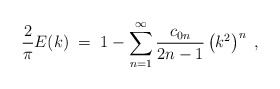
\begin{align*}{2\over \pi}E(k)\;=\; 1-\sum_{n=1}^\infty {c_{0n}\over 2n-1}\left(k^2\right)^n\;,\end{align*}